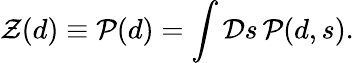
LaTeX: {\mathcal{Z}}(d)\equiv{\mathcal{P}}(d)=\int{\mathcal{D}}s\, {\mathcal{P}}(d,s).